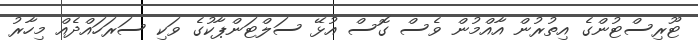
ޓޫރިސްޓުންގެ އިތުރުން އާއްމުން ވެސް ގޮސް އުޅޭ ސަލްޓަންޕާކުގެ ވަކި ސަރަހައްދެއް މިހާރު